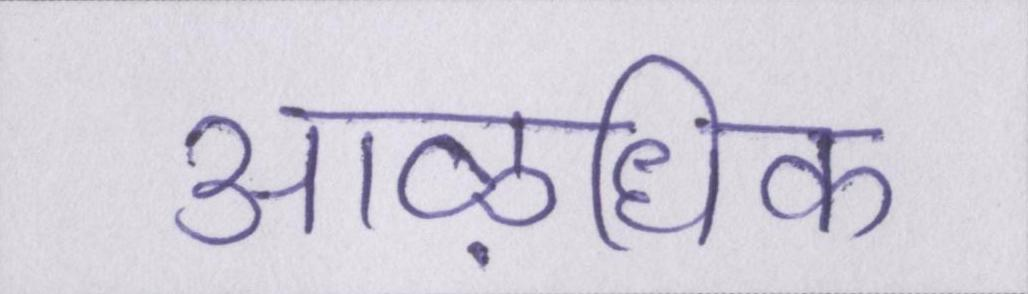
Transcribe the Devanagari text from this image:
आऴधिक